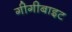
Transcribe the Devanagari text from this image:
गीगीबाइट